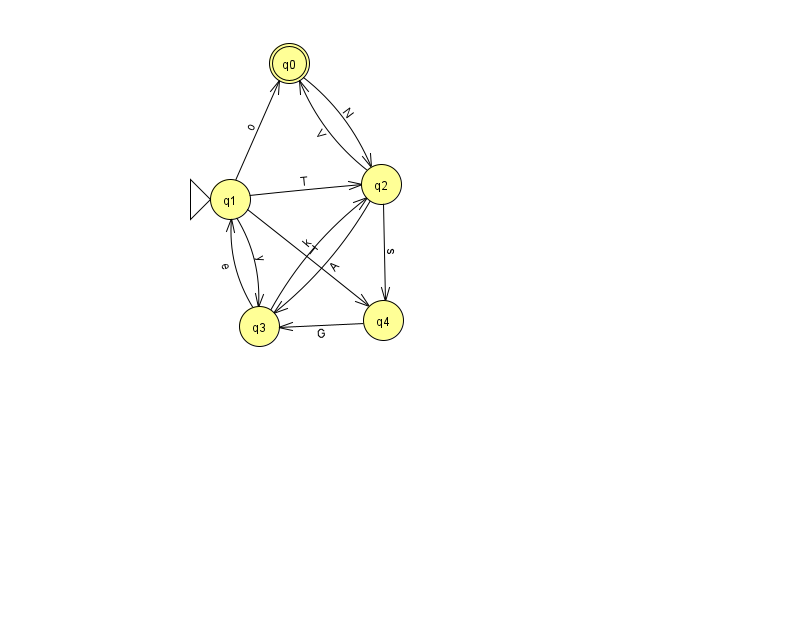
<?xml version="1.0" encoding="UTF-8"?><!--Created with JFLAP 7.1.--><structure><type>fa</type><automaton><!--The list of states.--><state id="0" name="q0"><x>289.0</x><y>50.0</y><final/></state><state id="1" name="q1"><x>230.0</x><y>186.0</y><initial/></state><state id="2" name="q2"><x>381.0</x><y>171.0</y></state><state id="3" name="q3"><x>259.0</x><y>313.0</y></state><state id="4" name="q4"><x>383.0</x><y>307.0</y></state><!--The list of transitions.--><transition><from>2</from><to>3</to><read>A</read></transition><transition><from>1</from><to>2</to><read>T</read></transition><transition><from>3</from><to>1</to><read>e</read></transition><transition><from>2</from><to>0</to><read>V</read></transition><transition><from>4</from><to>3</to><read>G</read></transition><transition><from>1</from><to>0</to><read>o</read></transition><transition><from>3</from><to>2</to><read>k</read></transition><transition><from>1</from><to>4</to><read>T</read></transition><transition><from>2</from><to>4</to><read>s</read></transition><transition><from>0</from><to>2</to><read>N</read></transition><transition><from>1</from><to>3</to><read>y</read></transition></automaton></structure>